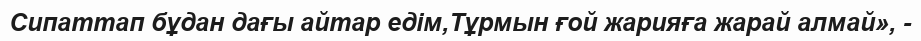
Сипаттап бұдан дағы айтар едім,Тұрмын ғой жарияға жарай алмай», -